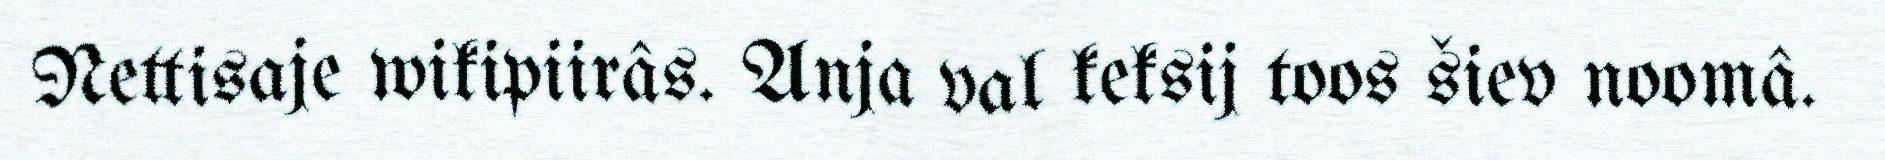
Nettisaje wikipiirâs. Anja val keksij toos šiev noomâ.